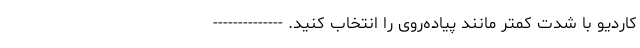
کاردیو با شدت کمتر مانند پیاده‌روی را انتخاب کنید. --------------